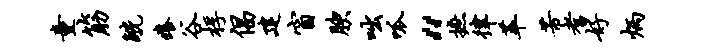
童筋觥痒谷桴倡建窗腴咄呱“摭律萃芾耆好炳